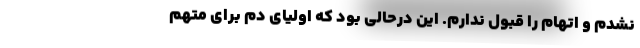
نشدم و اتهام را قبول ندارم. این درحالی بود که اولیای دم برای متهم